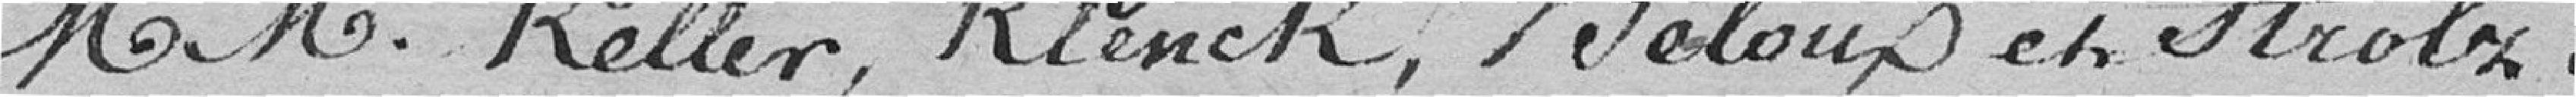
Messieurs Keller, Klenck, Beloux et Strob.